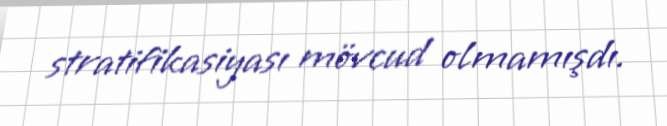
stratifikasiyası mövcud olmamışdı.